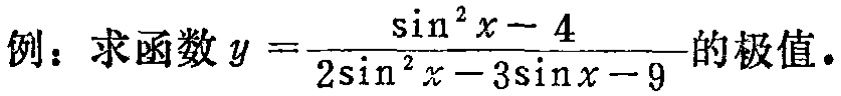
例：求函数\(y = \frac{\sin^{2}x - 4}{2\sin^{2}x - 3\sin x - 9}\)的极值.